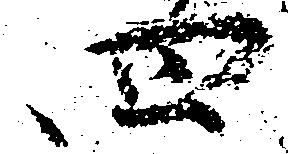
四